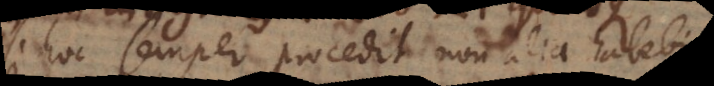
si hoc semper procedit, non alia habebimus